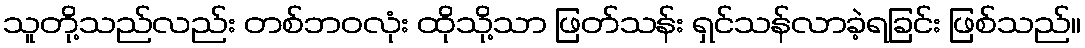
သူတို့သည်လည်း တစ်ဘဝလုံး ထိုသို့သာ ဖြတ်သန်း ရှင်သန်လာခဲ့ရခြင်း ဖြစ်သည်။